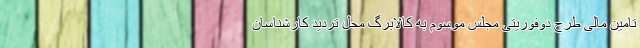
تامین مالی طرح دوفوریتی مجلس موسوم به کالابرگ محل تردید کارشناسان